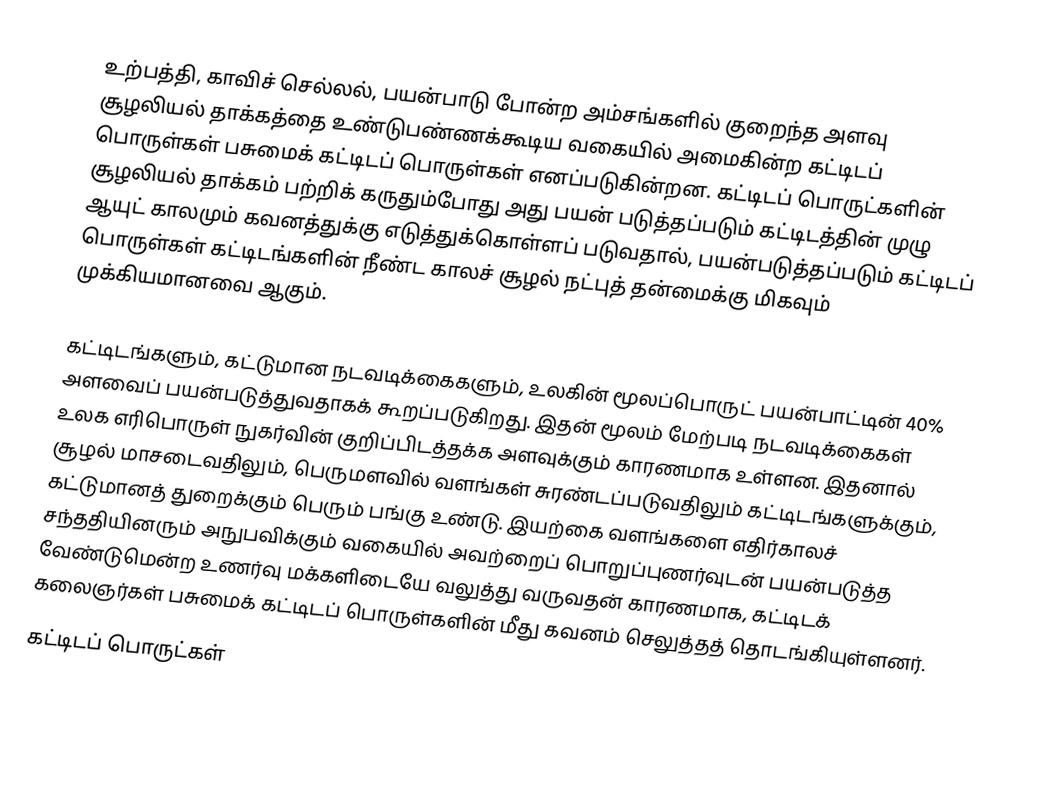
உற்பத்தி, காவிச் செல்லல், பயன்பாடு போன்ற அம்சங்களில் குறைந்த அளவு சூழலியல் தாக்கத்தை உண்டுபண்ணக்கூடிய வகையில் அமைகின்ற கட்டிடப் பொருள்கள் பசுமைக் கட்டிடப் பொருள்கள் எனப்படுகின்றன. கட்டிடப் பொருட்களின் சூழலியல் தாக்கம் பற்றிக் கருதும்போது அது பயன் படுத்தப்படும் கட்டிடத்தின் முழு ஆயுட் காலமும் கவனத்துக்கு எடுத்துக்கொள்ளப் படுவதால், பயன்படுத்தப்படும் கட்டிடப் பொருள்கள் கட்டிடங்களின் நீண்ட காலச் சூழல் நட்புத் தன்மைக்கு மிகவும் முக்கியமானவை ஆகும்.

கட்டிடங்களும், கட்டுமான நடவடிக்கைகளும், உலகின் மூலப்பொருட் பயன்பாட்டின் 40% அளவைப் பயன்படுத்துவதாகக் கூறப்படுகிறது. இதன் மூலம் மேற்படி நடவடிக்கைகள் உலக எரிபொருள் நுகர்வின் குறிப்பிடத்தக்க அளவுக்கும் காரணமாக உள்ளன. இதனால் சூழல் மாசடைவதிலும், பெருமளவில் வளங்கள் சுரண்டப்படுவதிலும்  கட்டிடங்களுக்கும், கட்டுமானத் துறைக்கும் பெரும் பங்கு உண்டு. இயற்கை வளங்களை எதிர்காலச் சந்ததியினரும் அநுபவிக்கும் வகையில் அவற்றைப் பொறுப்புணர்வுடன் பயன்படுத்த வேண்டுமென்ற உணர்வு மக்களிடையே வலுத்து வருவதன் காரணமாக, கட்டிடக் கலைஞர்கள் பசுமைக் கட்டிடப் பொருள்களின் மீது கவனம் செலுத்தத் தொடங்கியுள்ளனர்.
கட்டிடப் பொருட்கள்